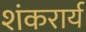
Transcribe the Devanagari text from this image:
शंकरार्य